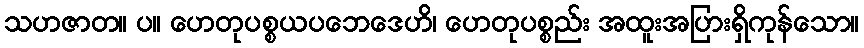
သဟဇာတ။ ပ။ ဟေတုပစ္စယပဘေဒေဟိ၊ ဟေတုပစ္စည်း အထူးအပြားရှိကုန်သော။